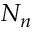
N _ { n }